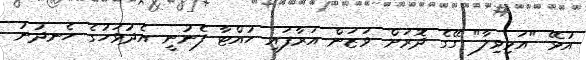
އުޅޭ "އަޅިވިލާ" ގޭގެ ދޮރަށް ވަޒަން އަރާފައި ހުއްޓާ ފެނުނީ އެދުވަހުގެ ހެނދުނު